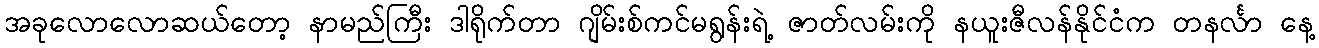
အခုလောလောဆယ်တော့ နာမည်ကြီး ဒါရိုက်တာ ဂျိမ်းစ်ကင်မရွန်းရဲ့ ဇာတ်လမ်းကို နယူးဇီလန်နိုင်ငံက တနင်္လာ နေ့